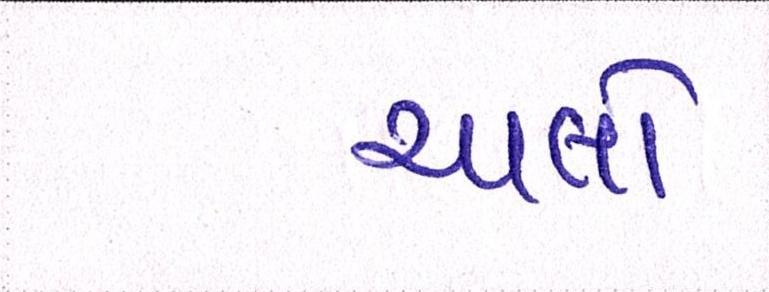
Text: ચાલો